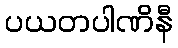
ပယတပါဏိနီ